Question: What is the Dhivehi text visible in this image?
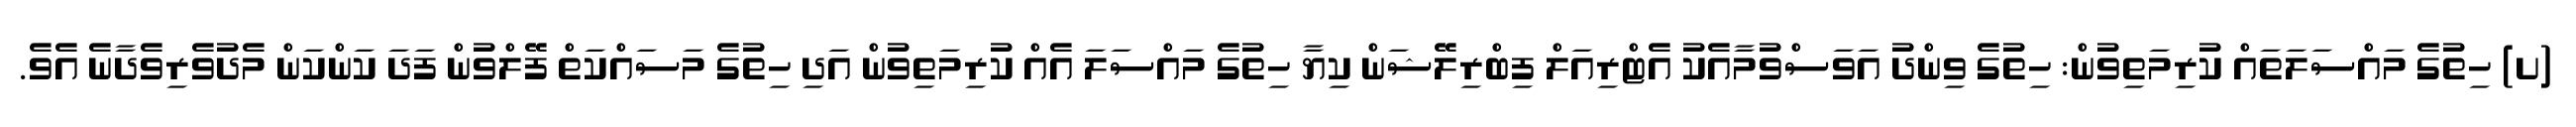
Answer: (ށ) ހިތުގެ މައްސަލަތައް ކުރިމަތިވުން: ހިތުގެ ވިންދު އަވަސްވުމާއެކު އެޓްރިއަލް ފިބްރިލޭޝަން ކިޔާ ހިތުގެ މައްސަލަ އެއް ކުރިމަތިވުން އަދި ހިތުގެ މަސައްކަތް ފޭލްވުން ފަދަ ކަންކަން މެދުވެރިވެދާނެ އެވެ.